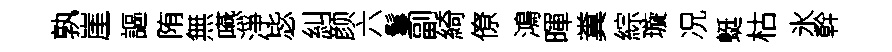
孰崖謳陏無嚥淨毖糾颜六鬘副綺僚鴻暉糞綜璇况蜓枯氷幹